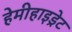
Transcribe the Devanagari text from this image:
हेमीहाइड्रेट